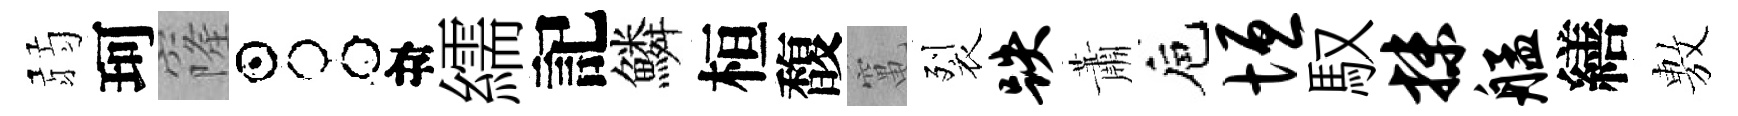
弱珂窿占目繻記鱗桓馥𥧄裂跌蕭巵垣馭抹艋繕𢾾